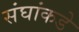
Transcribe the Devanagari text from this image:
संघांकडे